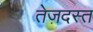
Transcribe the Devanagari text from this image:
तेज़दस्त